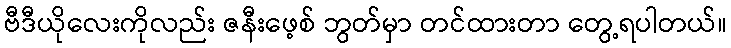
ဗီဒီယိုလေးကိုလည်း ဇနီးဖေ့စ် ဘွတ်မှာ တင်ထားတာ တွေ့ရပါတယ်။